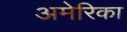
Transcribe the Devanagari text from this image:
अमेेेेरिका